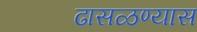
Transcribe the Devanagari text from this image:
ढासळण्यास